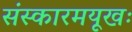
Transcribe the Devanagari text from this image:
संस्कारमयूखः